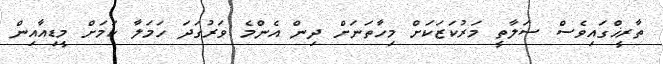
ތާރީޚްގައިވެސް ސަލާތީ މަރުކަޒަކަށް މިހާތަނަށް ދިން އެންމެ ވަރުގަދަ ހަމަލާ ކަމަށް މީޑިއާއިން